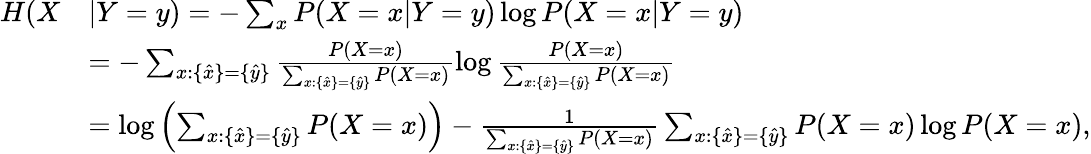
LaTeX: \begin{array}{rl}{H(X}&{|Y=y)=-\sum_{x}P(X=x|Y=y)\log P(X=x|Y=y)}\\ &{=-\sum_{x:\{ \hat{x}\} =\{ \hat{y}\} }\frac{P(X=x)}{\sum_{x:\{ \hat{x}\} =\{ \hat{y}\} }P(X=x)}\log\frac{P(X=x)}{\sum_{x:\{ \hat{x}\} =\{ \hat{y}\} }P(X=x)}}\\ &{=\log\left(\sum_{x:\{ \hat{x}\} =\{ \hat{y}\} }P(X=x)\right)-\frac{1}{\sum_{x:\{ \hat{x}\} =\{ \hat{y}\} }P(X=x)}\sum_{x:\{ \hat{x}\} =\{ \hat{y}\} }P(X=x)\log P(X=x),}\end{array}